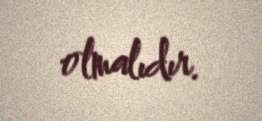
olmalıdır.